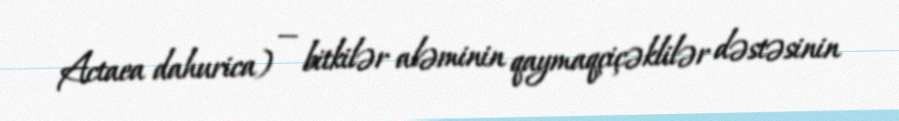
Actaea dahurica) — bitkilər aləminin qaymaqçiçəklilər dəstəsinin